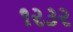
૧૨૩૨